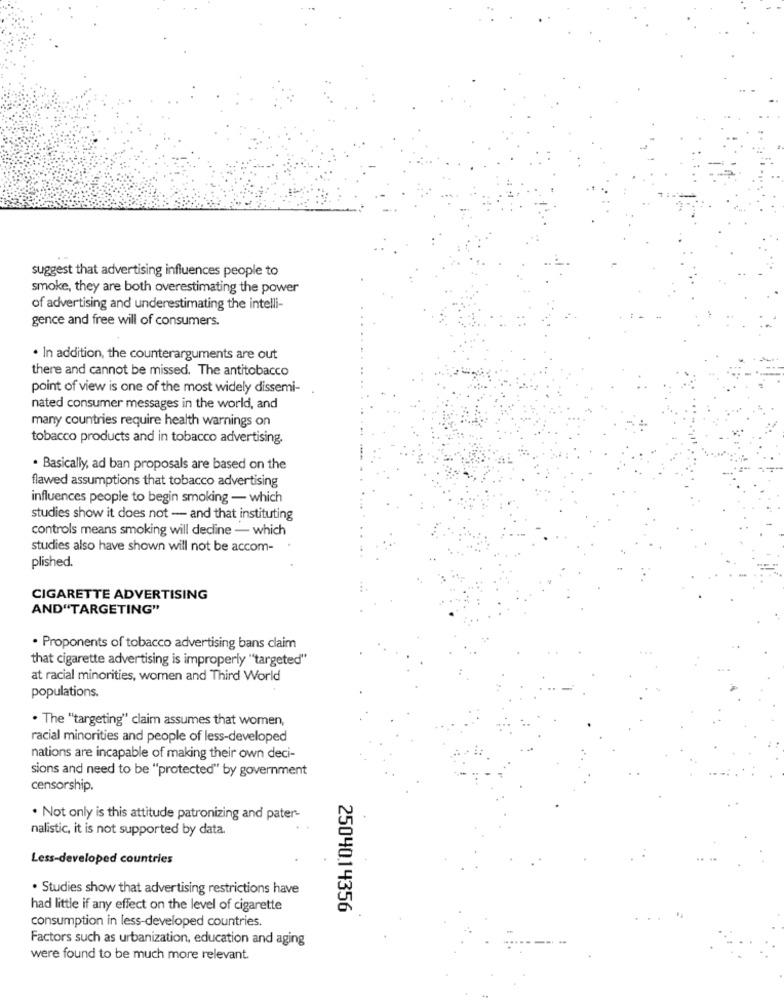
suggest that advertising influences people to
smoke, they are both overestimating the power
of advertising and underestimating the intelli-
gence and free will of consumers.
. In addition, the counterarguments are out
there and cannot be missed. The antitobacco
point of view is one of the most widely dissemi-
nated consumer messages in the world, and
many countries require health warnings on
tobacco products and in tobacco advertising.
. Basically, ad ban proposals are based on the
flawed assumptions that tobacco advertising
influences people to begin smoking - which
studies show it does not - and that instituting
controls means smoking will decline - which
studies also have shown will not be accom-
plished.
CIGARETTE ADVERTISING
AND"TARGETING"
. Proponents of tobacco advertising bans claim
that cigarette advertising is improperly "targeted"
at racial minorities, women and Third World
populations.
· The "targeting" claim assumes that women,
racial minorities and people of less-developed
nations are incapable of making their own deci-
sions and need to be "protected" by government
censorship.
. Not only is this attitude patronizing and pater-
nalistic, it is not supported by data.
Less-developed countries
. Studies show that advertising restrictions have
had little if any effect on the level of cigarette
25040.14356
consumption in less-developed countries.
Factors such as urbanization, education and aging
were found to be much more relevant.